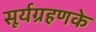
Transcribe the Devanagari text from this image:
सूर्यग्रहणके